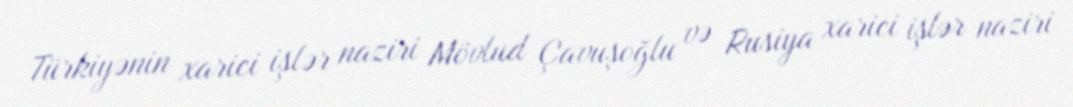
Türkiyənin xarici işlər naziri Mövlud Çavuşoğlu və Rusiya xarici işlər naziri